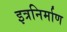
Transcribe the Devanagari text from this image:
इत्रनिर्माण